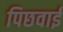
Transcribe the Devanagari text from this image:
पिछवाई